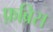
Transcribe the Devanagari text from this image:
फ़ब्रिस